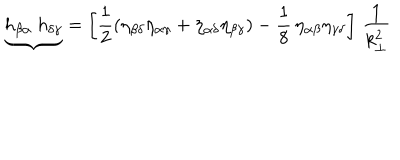
LaTeX: { \underbrace { h _ { \beta \alpha } ~ h _ { \delta \gamma } } } = \left[ \frac { 1 } { 2 } \left( \eta _ { \beta \delta } \eta _ { \alpha \gamma } + \eta _ { \alpha \delta } \eta _ { \beta \gamma } \right) - \frac { 1 } { 8 } \, \eta _ { \alpha \beta } \eta _ { \gamma \delta } \right] \, \frac { 1 } { k _ { \bot } ^ { 2 } }